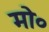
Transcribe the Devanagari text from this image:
मो०